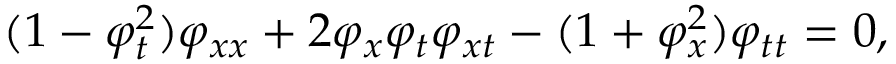
( 1 - \varphi _ { t } ^ { 2 } ) \varphi _ { x x } + 2 \varphi _ { x } \varphi _ { t } \varphi _ { x t } - ( 1 + \varphi _ { x } ^ { 2 } ) \varphi _ { t t } = 0 ,